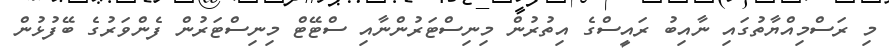
މި ރަސްމިއްޔާތުގައި ނާއިބު ރައީސްގެ އިތުރުން މިނިސްޓަރުންނާއި ސްޓޭޓް މިނިސްޓަރުން ފެންވަރުގެ ބޭފުޅުން